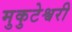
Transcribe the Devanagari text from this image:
मुकुटेश्वरी